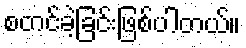
စတင်ခဲ့ခြင်းဖြစ်ပါတယ်။